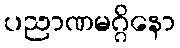
ပညာဏမဂ္ဂိနော